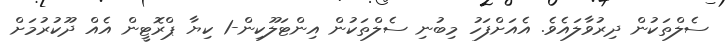
ސެލްތަކުން ދިރުވާލައެވެ. އެއަށްފަހު މިބުނި ސެލްތަކުން އިންޓަލޫކިން-1 ކިޔާ ޕްރޮޓީން އެއް ދޫކުރުމަށް